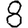
Digit: 8